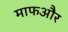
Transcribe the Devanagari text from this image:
माफऔर